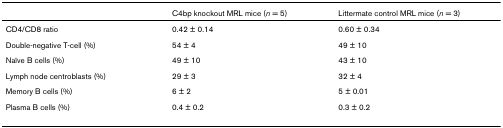
<table><thead><tr><td></td><td><b>C4bp knockout MRL mice (<i>n </i>= 5)</b></td><td><b>Littermate control MRL mice (<i>n </i>= 3)</b></td></tr></thead><tbody><tr><td>CD4/CD8 ratio</td><td>0.42 ± 0.14</td><td>0.60 ± 0.34</td></tr><tr><td>Double-negative T-cell (%)</td><td>54 ± 4</td><td>49 ± 10</td></tr><tr><td>Naïve B cells (%)</td><td>49 ± 10</td><td>43 ± 10</td></tr><tr><td>Lymph node centroblasts (%)</td><td>29 ± 3</td><td>32 ± 4</td></tr><tr><td>Memory B cells (%)</td><td>6 ± 2</td><td>5 ± 0.01</td></tr><tr><td>Plasma B cells (%)</td><td>0.4 ± 0.2</td><td>0.3 ± 0.2</td></tr></tbody></table>